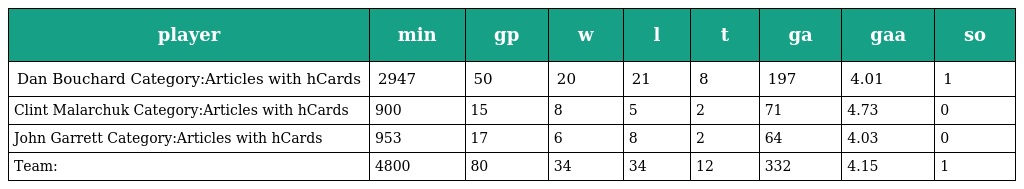
| player | min | gp | w | l | t | ga | gaa | so |
 | --- | --- | --- | --- | --- | --- | --- | --- | --- |
 | Dan Bouchard Category:Articles with hCards | 2947 | 50 | 20 | 21 | 8 | 197 | 4.01 | 1 |
 | Clint Malarchuk Category:Articles with hCards | 900 | 15 | 8 | 5 | 2 | 71 | 4.73 | 0 |
 | John Garrett Category:Articles with hCards | 953 | 17 | 6 | 8 | 2 | 64 | 4.03 | 0 |
 | Team: | 4800 | 80 | 34 | 34 | 12 | 332 | 4.15 | 1 |